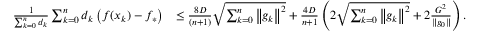
\begin{array} { r l } { \frac { 1 } { \sum _ { k = 0 } ^ { n } d _ { k } } \sum _ { k = 0 } ^ { n } d _ { k } \left( f ( x _ { k } ) - f _ { * } \right) } & { \leq \frac { 8 D } { ( n + 1 ) } \sqrt { \sum _ { k = 0 } ^ { n } \left\Vert g _ { k } \right\Vert ^ { 2 } } + \frac { 4 D } { n + 1 } \left( 2 \sqrt { \sum _ { k = 0 } ^ { n } \left\Vert g _ { k } \right\Vert ^ { 2 } } + 2 \frac { G ^ { 2 } } { \| g _ { 0 } \| } \right) . } \end{array}